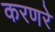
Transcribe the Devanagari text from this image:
करणरे